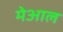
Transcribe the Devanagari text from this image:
मेआल